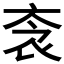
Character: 𧘭